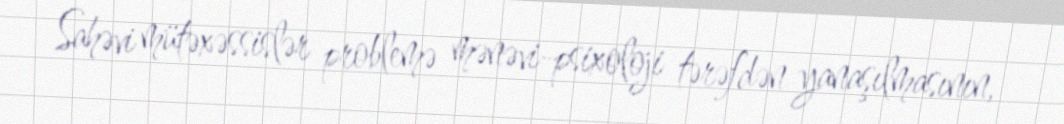
Sahəvi mütəxəssislər problemə mənəvi-psixoloji tərəfdən yanaşılmasının,